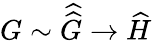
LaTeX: G\sim{\widehat{\widehat{G}}}\to{\widehat{H}}